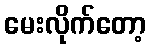
မေးလိုက်တော့